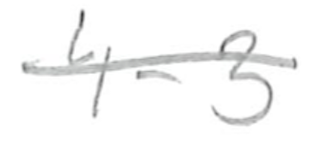
Text: 4-3
Cross-out: mix
Writing tool: pencil